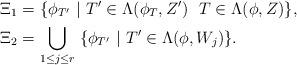
LaTeX: \begin{align*}&\Xi_1=\{ \phi_{T'} ~|~ T' \in \Lambda(\phi_T, Z')~ ~ T \in \Lambda(\phi, Z) \},\\&\Xi_2=\underset{1\leq j\leq r}{\bigcup}\; \{ \phi_{T'} ~|~ T' \in \Lambda(\phi, W_j) \}.\end{align*}